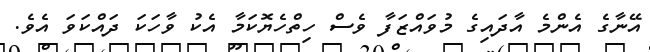
އޭނާގެ އެންމެ އާދައިގެ މުވައްޒަފާ ވެސް ހިތްހެޔޮކަމާ އެކު ވާހަކަ ދައްކަވަ އެވެ.